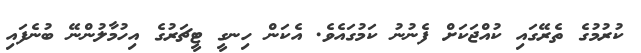
ކުރުމުގެ ތެރޭގައި ކުއްޖަކަށް ފެނުނު ކަމުގައެވެ. އެކަން ހިނގީ ޓީޗަރުގެ އިހުމާލުންނޭ ބުނެފައި